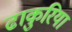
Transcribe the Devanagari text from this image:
ढाकुरिया